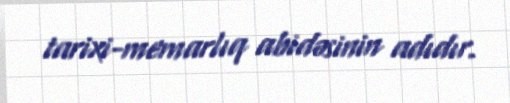
tarixi-memarlıq abidəsinin adıdır.